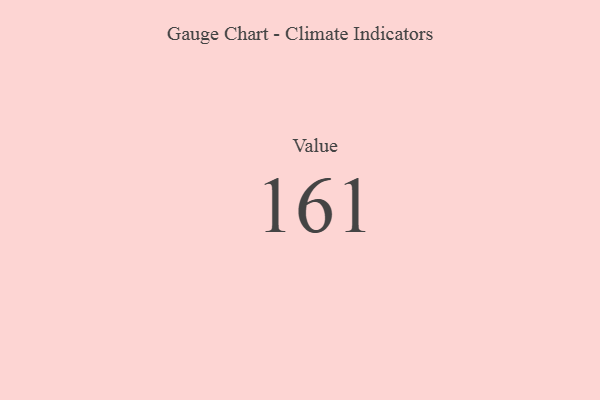
{"axis": {"x": "Metric", "y": "Value"}, "legend": [""], "data": [{"x": "Value", "y": 161, "type": ""}]}